Lunatic asylums in Bengal annual reports 1899-1911 - 1899-1911
Year: 1899
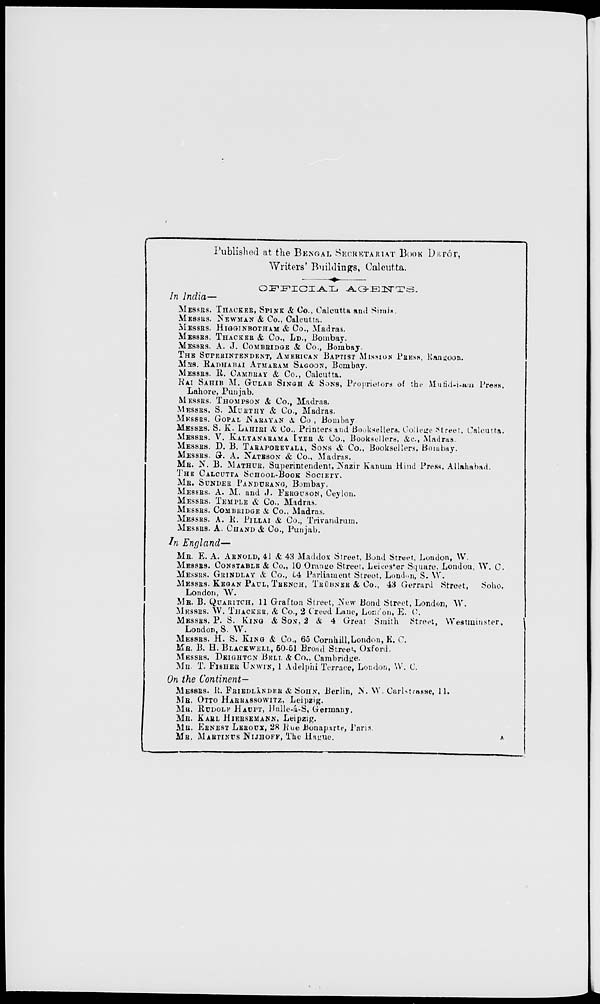
Published at the BENGAL SECRETARIAT BOOK DEPÔT,
Writers' Buildings, Calcutta.
OFFICIAL
AGENTS.
In India—
MESSRS. THACKER, SPINK & Co., Calcutta and Simla.
MESSRS. NEWMAN & Co., Calcutta.
MESSRS. HIGGINBOTHAM & Co., Madras.
MESSRS. THACKER & Co., LD., Bombay.
MESSRS. A. J. COMBRIDGE & Co., Bombay.
THE SUPERINTENDENT, AMERICAN BAPTIST MISSION PRESS, Rangoon.
MRS. RADHABAI ATMARAM SAGOON, Bombay.
MESSRS. R. CAMBRAY & Co., Calcutta.
RAI SAHIB M. GULAB SINGH & SONS, Proprietors of the Mufid-i-am Press,
Lahore, Punjab.
MESSRS. THOMPSON & Co., Madras.
MESSRS. S. MURTHY & Co., Madras.
MESSRS. GOPAL NARAYAN & Co , Bombay
MESSRS. S. K. LAHIRI & Co., Printers and Booksellers, College Street, Calcutta.
MESSRS. V. KALYANARAMA IYER & Co., Booksellers, &c., Madras.
MESSRS. D. B. TARAPOREVALA, SONS & Co., Booksellers, Bombay.
MESSRS. G. A. NATESON & Co., Madras.
MR. N. B. MATHUR, Superintendent, Nazir Kanum Hind Press, Allahabad.
THE CALCUTTA SCHOOL-BOOK SOCIETY.
MR. SUNDER PANDURANG, Bombay,
MESSRS. A. M. and J. FERGUSON, Ceylon.
MESSRS. TEMPLE & Co., Madras.
MESSRS. COMBRIDGE & Co., Madras.
MESSRS. A. R. PILLAI & Co., Trivandrum.
MESSRS. A. CHAND & Co., Punjab.
In England—
MR. E. A. ARNOLD, 41 & 43 Maddox Street, Bond Street, London, W.
MESSRS. CONSTABLE & Co., 10 Orange Street, Leicester Square, London, W. C.
MESSRS. GRINDLAY & Co., 54 Parliament Street, London, S. W.
MESSRS. KEGAN PAUL, TRENCH, TRÜBNER & Co., 43 Gerrard Street,
Soho,
London, W.
MR. B. QUARITCH, 11 Grafton Street, New Bond Street, London, W.
MESSRS. W. THACKER, & Co., 2 Creed Lane, London, E. C.
MESSRS. P. S. KING & SON, 2 & 4 Great Smith Street, Westminster,
London, S. W.
MESSRS. H. S. KING & Co., 65 Cornhill,London, E. C.
MR. B. H. BLACKWELL, 50-51 Broad Street, Oxford.
MESSRS. DEIGHTON BELL & Co., Cambridge.
MR. T. FISHER UNWIN, 1 Adelphi Terrace, London, W. C.
On the Continent—
MESSRS. R. FRIEDLĀNDER & SOHN, Berlin, N. W. Carlstrasse, 11.
MR. OTTO HARRASSOWITZ, Leipzig.
MR. RUDOLF HAUPT, Halle-á-S, Germany.
MR. KARL HIERSEMANN, Leipzig.
MR. ERNEST LEROUX, 28 Rue Bonaparte, Paris.
MR. MARTINUS NIJHOFF, The Hague.
A